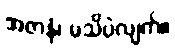
အဇာနံ၊ မသိပဲလျက်။